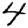
Digit: 4